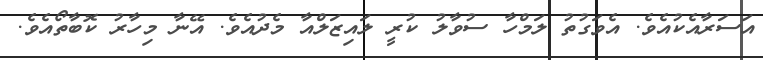
އަސަރާއެކުއެވެ. އެވަގުތު ލަމްހާ ސުވާލު ކުރީ ލައިޒަލްއާ މެދުއެވެ. އޭނާ މިހާރު ކޮބާތޯއެވެ.